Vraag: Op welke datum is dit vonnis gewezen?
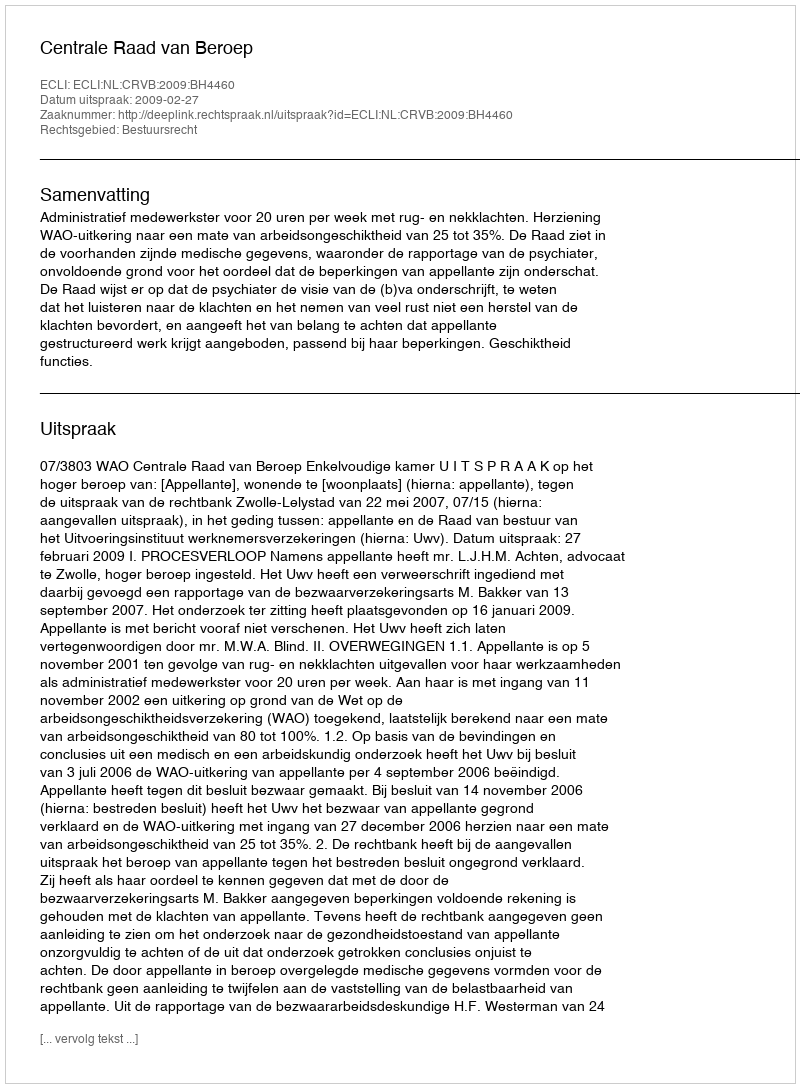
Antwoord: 2009-02-27